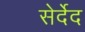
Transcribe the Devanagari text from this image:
सेर्देद